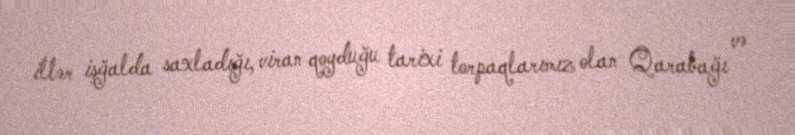
illər işğalda saxladığı, viran qoyduğu tarixi torpaqlarımız olan Qarabağı və